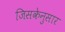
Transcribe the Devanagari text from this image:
जिसकेनुसार